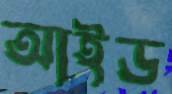
আইড